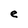
Character: e